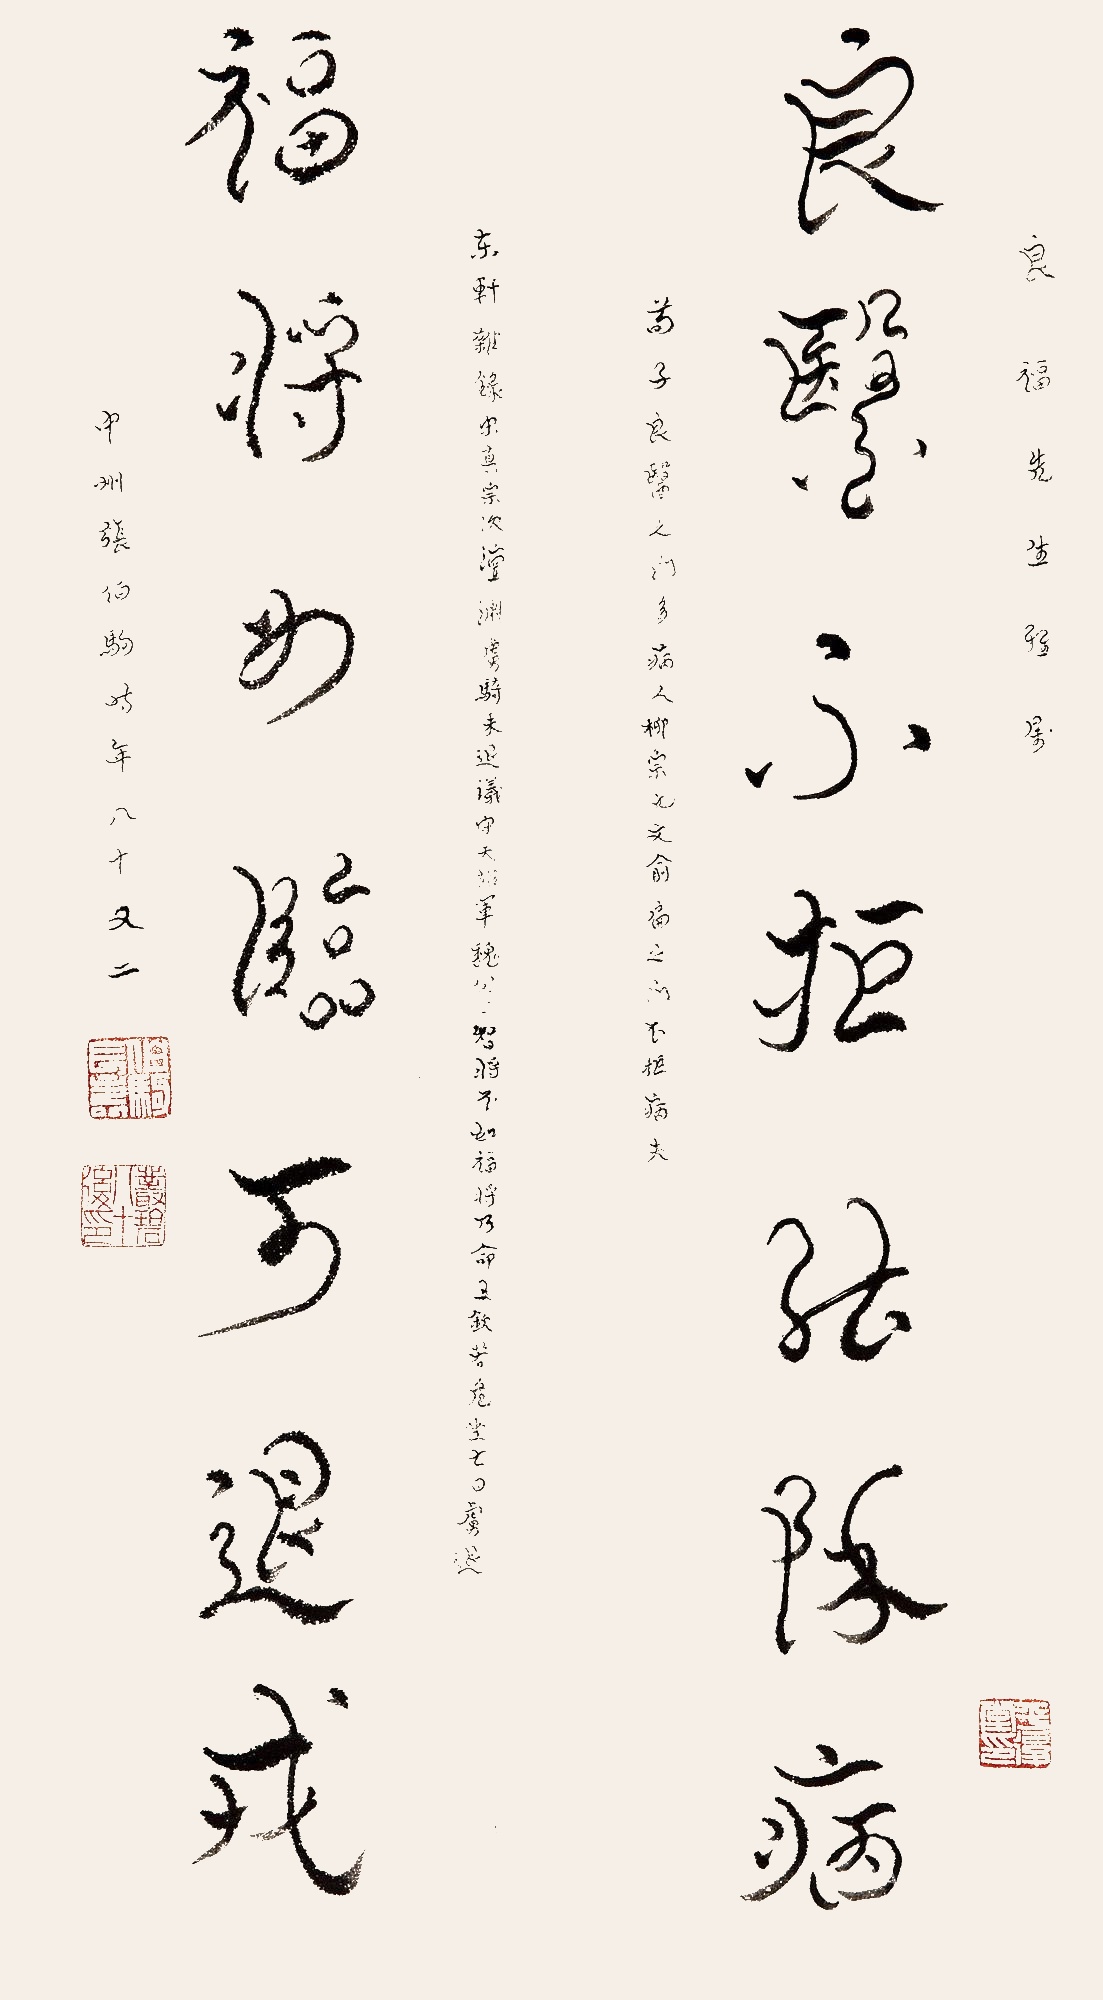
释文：良医不拒能除病，福将如临可退戎。良福先生雅属。《荀子》良医之门多病人。柳宗元文：俞扁之门不拒病夫。《东轩杂录》宋真宗次澶渊，虏骑未退，议守天雄军魏公曰：智将不如福将。乃命王钦若危坐七日，虏退。中州张伯驹，时年八十又二。